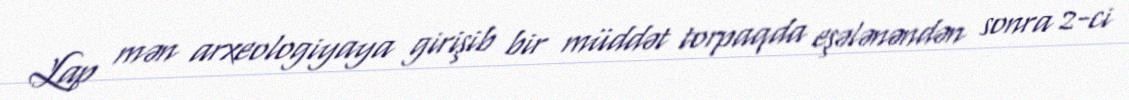
Lap mən arxeologiyaya girişib bir müddət torpaqda eşələnəndən sonra 2-ci